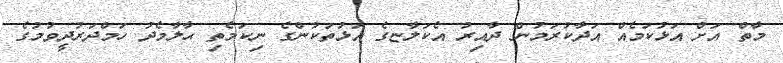
މާތް އަށް އަޅުކަމެއް އަދާކުރަމުން ދާއިރު އެކަލާޏގެ އަޅުތަކުންގެ ނިކަމެތި ޙާލާމެދު ހަމްދަރުދީވުމުގެ